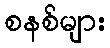
စနစ်များ